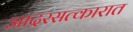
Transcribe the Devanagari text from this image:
आदरसत्कारात